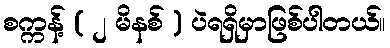
စက္ကန့် ( ၂ မိနစ် ) ပဲရရှိမှာဖြစ်ပါတယ်။